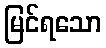
မြင်ရသော